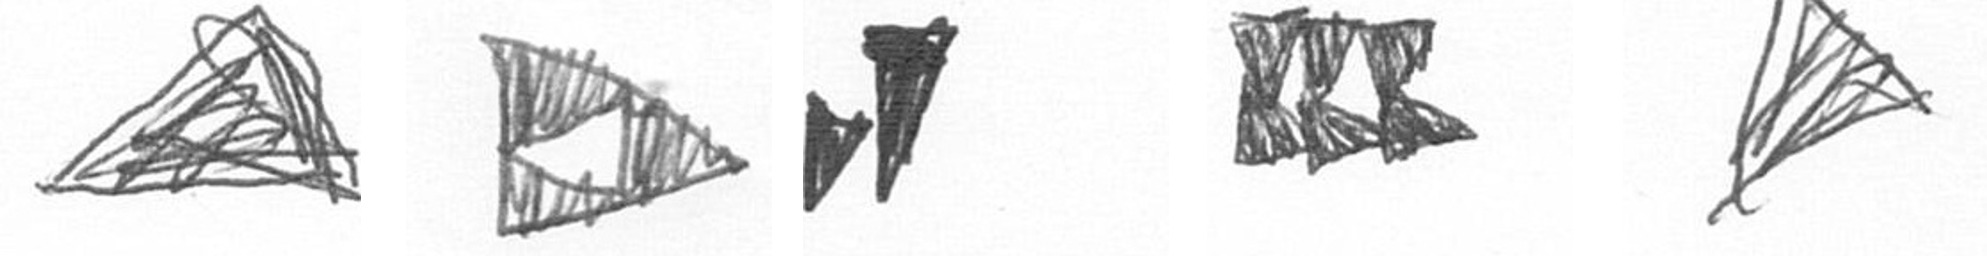
O K M D O